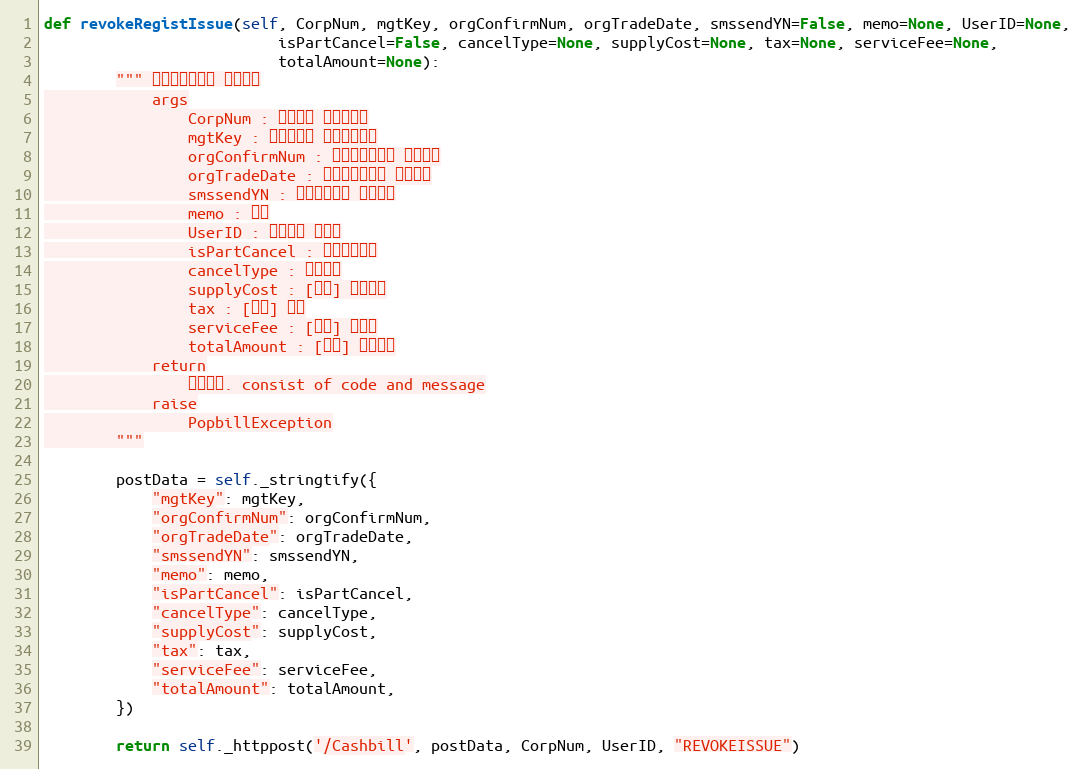
Language: Python
def revokeRegistIssue(self, CorpNum, mgtKey, orgConfirmNum, orgTradeDate, smssendYN=False, memo=None, UserID=None,
                          isPartCancel=False, cancelType=None, supplyCost=None, tax=None, serviceFee=None,
                          totalAmount=None):
        """ 취소현금영수증 즉시발행
            args
                CorpNum : 팝빌회원 사업자번호
                mgtKey : 현금영수증 문서관리번호
                orgConfirmNum : 원본현금영수증 승인번호
                orgTradeDate : 원본현금영수증 거래일자
                smssendYN : 발행안내문자 전송여부
                memo : 메모
                UserID : 팝빌회원 아이디
                isPartCancel : 부분취소여부
                cancelType : 취소사유
                supplyCost : [취소] 공급가액
                tax : [취소] 세액
                serviceFee : [취소] 봉사료
                totalAmount : [취소] 합계금액
            return
                처리결과. consist of code and message
            raise
                PopbillException
        """

        postData = self._stringtify({
            "mgtKey": mgtKey,
            "orgConfirmNum": orgConfirmNum,
            "orgTradeDate": orgTradeDate,
            "smssendYN": smssendYN,
            "memo": memo,
            "isPartCancel": isPartCancel,
            "cancelType": cancelType,
            "supplyCost": supplyCost,
            "tax": tax,
            "serviceFee": serviceFee,
            "totalAmount": totalAmount,
        })

        return self._httppost('/Cashbill', postData, CorpNum, UserID, "REVOKEISSUE")